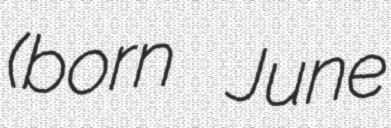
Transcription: (born June